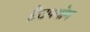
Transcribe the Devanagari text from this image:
हैउपयॊग